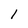
Character: 1